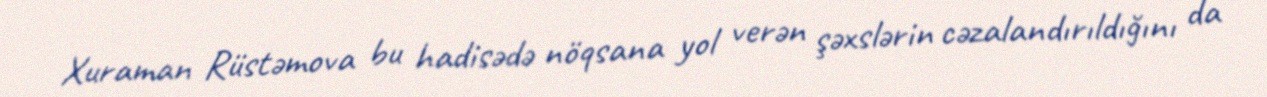
Xuraman Rüstəmova bu hadisədə nöqsana yol verən şəxslərin cəzalandırıldığını da